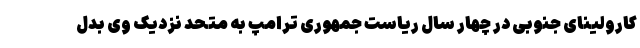
کارولینای جنوبی در چهار سال ریاست جمهوری ترامپ به متحد نزدیک وی بدل